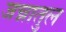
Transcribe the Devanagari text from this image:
जन्नातुल